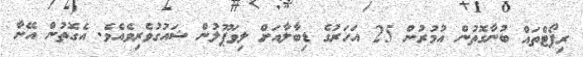
ރިޕޯޓްތައް ބުނާގޮތުން އުމުރުން 25 އަހަރުގެ ޑިބާލާއަށް ލިވަޕޫލުން ޝައުގުވެރިވެއެވެ. އެގޮތުން އޭނާ